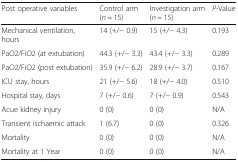
<table><thead><tr><td><b>Post operative variables</b></td><td><b>Control arm (<i>n</i> = 15)</b></td><td><b>Investigation arm (<i>n</i> = 15)</b></td><td><b><i>P</i>-Value</b></td></tr></thead><tbody><tr><td>Mechanical ventilation, hours</td><td>14 (+/− 0.9)</td><td>15 (+/− 4.3)</td><td>0.193</td></tr><tr><td>PaO2/FiO2 (at extubation)</td><td>44.3 (+/− 3.3)</td><td>43.4 (+/− 3.3)</td><td>0.289</td></tr><tr><td>PaO2/FiO2 (post extubation)</td><td>35.9 (+/− 6.2)</td><td>28.9 (+/− 3.7)</td><td>0.167</td></tr><tr><td>ICU stay, hours</td><td>21 (+/− 5.6)</td><td>18 (+/− 4.0)</td><td>0.510</td></tr><tr><td>Hospital stay, days</td><td>7 (+/− 0.6)</td><td>7 (+/− 0.9)</td><td>0.543</td></tr><tr><td>Acue kidney injury</td><td>0 (0)</td><td>0 (0)</td><td>N/A</td></tr><tr><td>Transient ischaemic attack</td><td>1 (6.7)</td><td>0 (0)</td><td>0.326</td></tr><tr><td>Mortality</td><td>0 (0)</td><td>0 (0)</td><td>N/A</td></tr><tr><td>Mortality at 1 Year</td><td>0 (0)</td><td>0 (0)</td><td>N/A</td></tr></tbody></table>